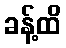
ခန့်ထိ